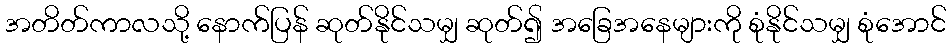
အတိတ်ကာလသို့ နောက်ပြန် ဆုတ်နိုင်သမျှ ဆုတ်၍ အခြေအနေများကို စုံနိုင်သမျှ စုံအောင်